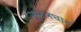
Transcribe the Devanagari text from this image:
मूसलघात